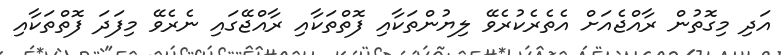
އަދި މިގޮތުން ރާއްޖެއަށް އެތެރެކުރެވޭ ލިޔުންތަކާއި ފޮތްތަކާއި ރާއްޖޭގައި ނެރެވޭ މިފަދަ ފޮތްތަކާއި